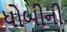
ધોબીની